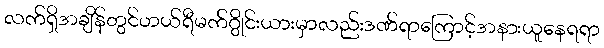
လက်ရှိအချိန်တွင်ဟယ်ရီမက်ဂွိုင်းယားမှာလည်းဒဏ်ရာကြောင့်အနားယူနေရရာ